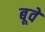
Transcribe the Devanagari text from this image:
बूवे